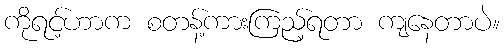
ကိုရင့်ဟာက စတန့်ကားကြည့်ရတာ ကျနေတာပဲ။